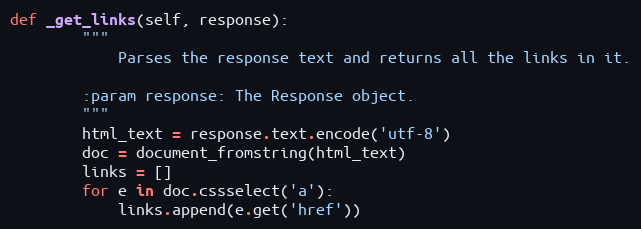
Language: Python
def _get_links(self, response):
        """
            Parses the response text and returns all the links in it.

        :param response: The Response object.
        """
        html_text = response.text.encode('utf-8')
        doc = document_fromstring(html_text)
        links = []
        for e in doc.cssselect('a'):
            links.append(e.get('href'))